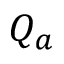
Q _ { a }